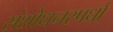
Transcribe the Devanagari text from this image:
संशोधनस्पर्धा